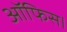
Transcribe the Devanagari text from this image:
आॅफिस।